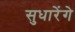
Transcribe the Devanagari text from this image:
सुधारेंगे